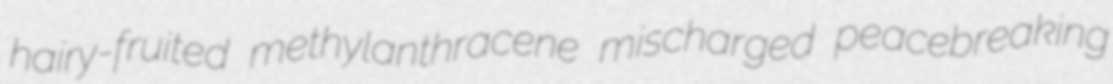
hairy-fruited methylanthracene mischarged peacebreaking